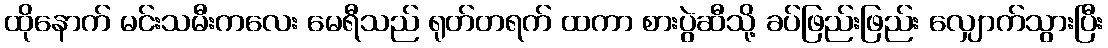
ထိုနောက် မင်းသမီးကလေး မေရီသည် ရုတ်တရက် ထကာ စားပွဲဆီသို့ ခပ်ဖြည်းဖြည်း လျှောက်သွားပြီး